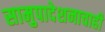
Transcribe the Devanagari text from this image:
सामुपादेशनाचाही